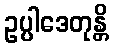
ဥပ္ပါဒေတုန္တိ